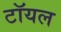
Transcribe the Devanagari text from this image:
टॉयल